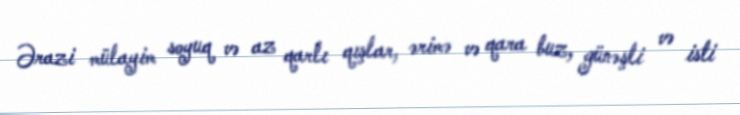
Ərazi mülayim soyuq və az qarlı qışlar, ərimə və qara buz, günəşli və isti